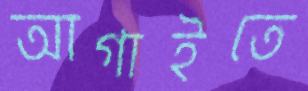
আগাইতে